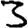
Digit: 3